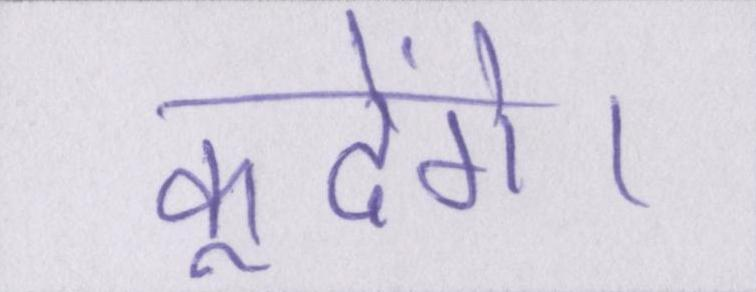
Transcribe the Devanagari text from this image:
कूदेंगे।